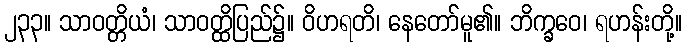
၂၃၃။ သာဝတ္တိယံ၊ သာဝတ္ထိပြည်၌။ ဝိဟရတိ၊ နေတော်မူ၏။ ဘိက္ခဝေ၊ ရဟန်းတို့။